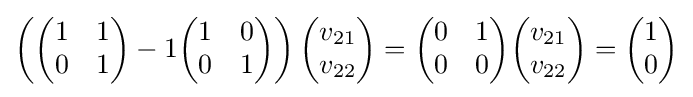
\left({\begin{pmatrix}1&1\\0&1\end{pmatrix}}-1{\begin{pmatrix}1&0\\0&1\end{pmatrix}}\right){\begin{pmatrix}v_{21}\\v_{22}\end{pmatrix}}={\begin{pmatrix}0&1\\0&0\end{pmatrix}}{\begin{pmatrix}v_{21}\\v_{22}\end{pmatrix}}={\begin{pmatrix}1\\0\end{pmatrix}}